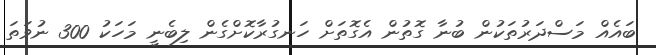
ބައެއް މަސްދަރުތަކުން ބުނާ ގޮތުން އެގޮތަށް ހަނގުރާކޮށްގެން ލިބެނީ މަހަކު 300 ނުވަތަ